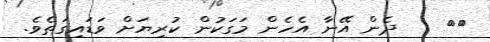
٩٢    ދެން އޭނާ އެހެން މަގަކުން ކުރިޔަށް ވަޑައިގަތެވެ.